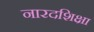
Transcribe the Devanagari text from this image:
नारदशिक्षा